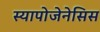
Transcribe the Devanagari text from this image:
स्यापोजेनेसिस